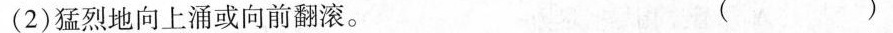
(2)猛烈地向上涌或向前翻滚。 ( )